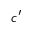
c ^ { \prime }